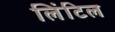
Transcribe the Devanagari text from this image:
लिंटिल